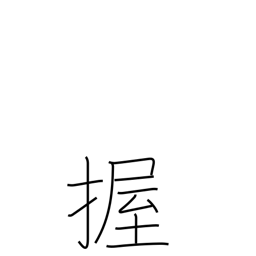
Meaning: grip